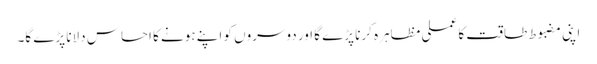
اپنی مضبوط طاقت کا عملی مظاہرہ کرنا پڑے گا اور دوسروں کو اپنے ہونے کا احساس دلانا پڑے گا۔